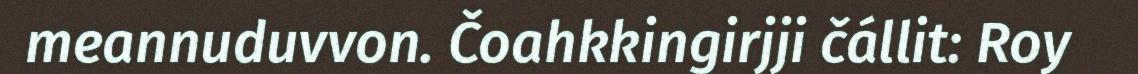
meannuduvvon. Čoahkkingirjji čállit: Roy